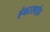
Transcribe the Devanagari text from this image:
हंबरसाईड